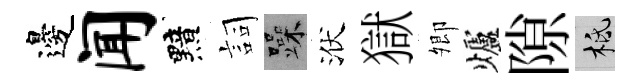
邊闻黯詞躁洑獄𡖖爐隙柢